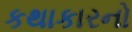
કથાકારનો